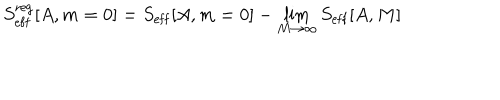
S _ { \mathrm { e f f } } ^ { \mathrm { r e g } } [ A , m = 0 ] = S _ { \mathrm { e f f } } [ A , m = 0 ] - \lim _ { M \to \infty } S _ { \mathrm { e f f } } [ A , M ]